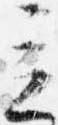
立